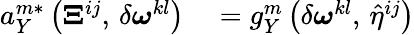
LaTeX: \begin{array}{rl}{a_{Y}^{m*}\left({\boldsymbol{\Xi}^{ij}},\, {\delta\boldsymbol{\omega}^{kl}}\right)}&{{}=g_{Y}^{m}\left({\delta\boldsymbol{\omega}^{kl}},\, {\hat{\eta}^{ij}}\right)}\end{array}